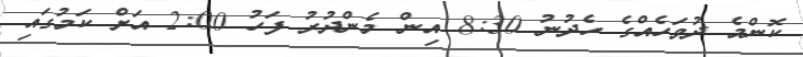
ކޮންމެ ދުވަހެއްގެ ހެދުނު 8:30 އިން މެންދުރު ފަހު 2:00 އަށް ކަމުގައި